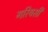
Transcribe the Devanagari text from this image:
गरियसी